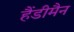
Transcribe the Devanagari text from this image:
हैंडीमैन